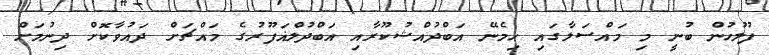
ފުލުހުން ބުނީ މި މައްސަލާގައި ހިމެނޭ އަބްދުއްޝުކޫރާއި އަބްދުލްޣަފޫރުގެ މައްޗަށް ދައުވާކޮށް ދިނުމަށް